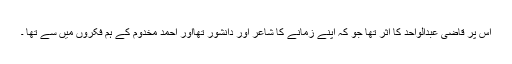
اس پر قاضی عبدالواحد کا اثر تھا جو کہ اپنے زمانے کا شاعر اور دانشور تھااور احمد مخدوم کے ہم فکروں میں سے تھا ۔